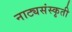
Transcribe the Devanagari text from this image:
नाट्यसंस्कृती